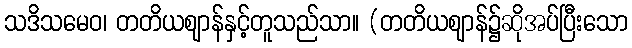
သဒိသမေဝ၊ တတိယဈာန်နှင့်တူသည်သာ။ (တတိယဈာန်၌ဆိုအပ်ပြီးသော